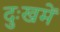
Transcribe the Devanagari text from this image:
दुःखमें